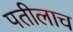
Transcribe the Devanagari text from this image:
पतीलाच